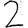
Digit: 2